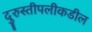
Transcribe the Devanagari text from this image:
दुरुस्तीपलीकडील